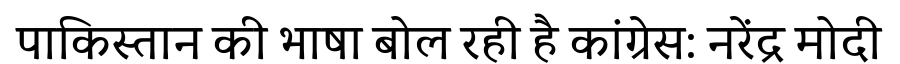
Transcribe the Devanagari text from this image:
पाकिस्तान की भाषा बोल रही है कांग्रेस: नरेंद्र मोदी